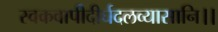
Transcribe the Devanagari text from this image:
स्वकवापीदीर्घदलव्यासानि।।